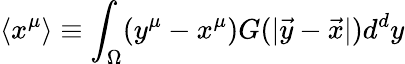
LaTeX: \langle x^{\mu}\rangle\equiv\int_{\Omega}(y^{\mu}-x^{\mu})G(|\vec{y}-\vec{x}|)d^{d}y